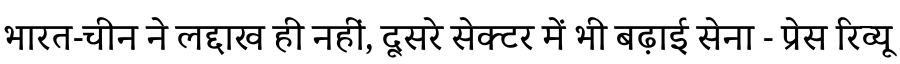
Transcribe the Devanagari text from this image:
भारत-चीन ने लद्दाख ही नहीं, दूसरे सेक्टर में भी बढ़ाई सेना - प्रेस रिव्यू